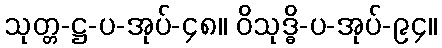
သုတ္တ-ဋ္ဌ-ပ-အုပ်-၄၈။ ဝိသုဒ္ဓိ-ပ-အုပ်-၉၄။